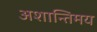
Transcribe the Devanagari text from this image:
अशान्तिमय